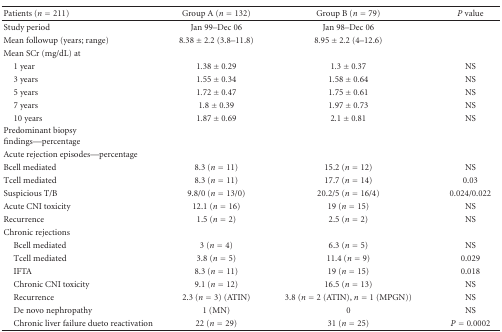
<table><thead><tr><td><b> Patients (<i>n</i> = 211)</b></td><td><b>Group A (<i>n</i> = 132)</b></td><td><b>Group B (<i>n</i> = 79)</b></td><td><b><i>P</i> value</b></td></tr></thead><tbody><tr><td>Study period</td><td>Jan 99–Dec 06</td><td>Jan 98–Dec 06</td><td></td></tr><tr><td>Mean followup (years; range)</td><td>8.38 ± 2.2 (3.8–11.8)</td><td>8.95 ± 2.2 (4–12.6)</td><td></td></tr><tr><td>Mean SCr (mg/dL) at</td><td></td><td></td><td></td></tr><tr><td> 1 year</td><td>1.38 ± 0.29</td><td>1.3 ± 0.37</td><td>NS</td></tr><tr><td> 3 years</td><td>1.55 ± 0.34</td><td>1.58 ± 0.64</td><td>NS</td></tr><tr><td> 5 years</td><td>1.72 ± 0.47</td><td>1.75 ± 0.61</td><td>NS</td></tr><tr><td> 7 years</td><td>1.8 ± 0.39</td><td>1.97 ± 0.73</td><td>NS</td></tr><tr><td> 10 years</td><td>1.87 ± 0.69</td><td>2.1 ± 0.81</td><td>NS</td></tr><tr><td>Predominant biopsy findings—percentage</td><td colspan="3"></td></tr><tr><td>Acute rejection episodes—percentage</td><td colspan="3"></td></tr><tr><td>Bcell mediated</td><td>8.3 (<i>n</i> = 11)</td><td>15.2 (<i>n</i> = 12)</td><td>NS</td></tr><tr><td>Tcell mediated</td><td>8.3 (<i>n</i> = 11)</td><td>17.7 (<i>n</i> = 14)</td><td>0.03</td></tr><tr><td>Suspicious T/B</td><td>9.8/0 (<i>n</i> = 13/0)</td><td>20.2/5 (<i>n</i> = 16/4)</td><td>0.024/0.022</td></tr><tr><td>Acute CNI toxicity</td><td>12.1 (<i>n</i> = 16)</td><td>19 (<i>n</i> = 15)</td><td>NS</td></tr><tr><td>Recurrence</td><td>1.5 (<i>n</i> = 2)</td><td>2.5 (<i>n</i> = 2)</td><td>NS</td></tr><tr><td>Chronic rejections</td><td colspan="3"></td></tr><tr><td> Bcell mediated</td><td>3 (<i>n</i> = 4)</td><td>6.3 (<i>n</i> = 5)</td><td>NS</td></tr><tr><td> Tcell mediated</td><td>3.8 (<i>n</i> = 5)</td><td>11.4 (<i>n</i> = 9)</td><td>0.029</td></tr><tr><td> IFTA</td><td>8.3 (<i>n</i> = 11)</td><td>19 (<i>n</i> = 15)</td><td>0.018</td></tr><tr><td> Chronic CNI toxicity</td><td>9.1 (<i>n</i> = 12)</td><td>16.5 (<i>n</i> = 13)</td><td>NS</td></tr><tr><td> Recurrence</td><td>2.3 (<i>n</i> = 3) (ATIN)</td><td>3.8 (<i>n</i> = 2 (ATIN), <i>n</i> = 1 (MPGN))</td><td>NS</td></tr><tr><td> De novo nephropathy</td><td>1 (MN)</td><td>0</td><td>NS</td></tr><tr><td> Chronic liver failure dueto reactivation</td><td>22 (<i>n</i> = 29)</td><td>31 (<i>n</i> = 25)</td><td><i>P</i> = 0.0002</td></tr></tbody></table>